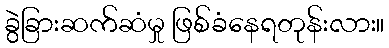
ခွဲခြားဆက်ဆံမှု ဖြစ်ခံနေရတုန်းလား။